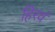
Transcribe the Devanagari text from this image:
हिरवं